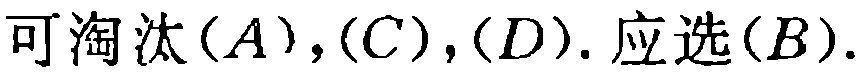
可淘汰$(A),(C),(D). 应选(B).$